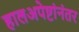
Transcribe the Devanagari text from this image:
हालअपेष्टांनंतर